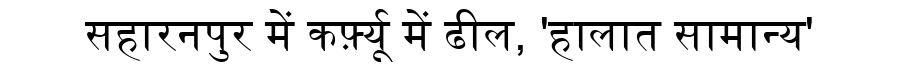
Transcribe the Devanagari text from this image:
सहारनपुर में कर्फ़्यू में ढील, 'हालात सामान्य'